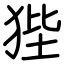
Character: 狴